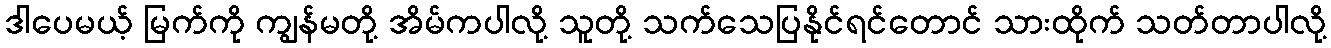
ဒါပေမယ့် မြက်ကို ကျွန်မတို့ အိမ်ကပါလို့ သူတို့ သက်သေပြနိုင်ရင်တောင် သားထိုက် သတ်တာပါလို့